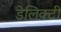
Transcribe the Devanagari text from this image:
डेलिक्टी